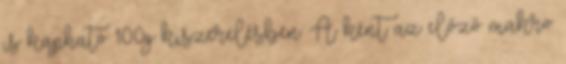
is kapható 100g kiszerelésben. A ként az előző makro